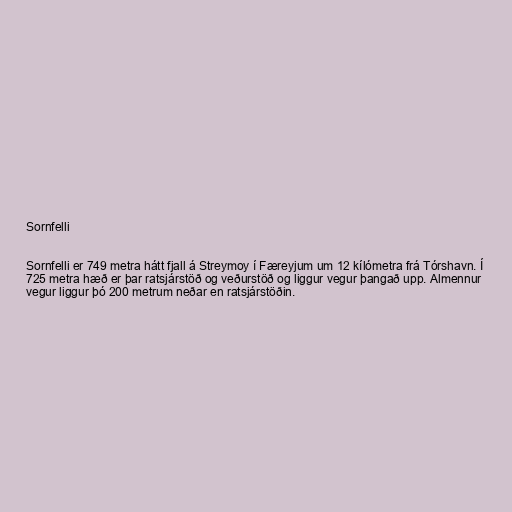
Sornfelli

Sornfelli er 749 metra hátt fjall á Streymoy í Færeyjum um 12 kílómetra frá Tórshavn. Í
725 metra hæð er þar ratsjárstöð og veðurstöð og liggur vegur þangað upp. Almennur
vegur liggur þó 200 metrum neðar en ratsjárstöðin.